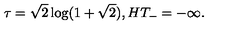
\tau = \sqrt { 2 } \log ( 1 + \sqrt { 2 } ) , H T _ { - } = - \infty .